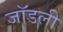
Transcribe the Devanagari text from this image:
जॉडली